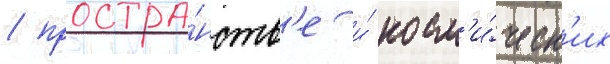
/ простра́нств'е и́ косм'и́ческ'их